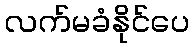
လက်မခံနိုင်ပေ